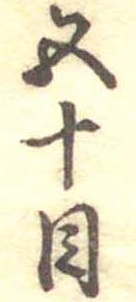
五十目